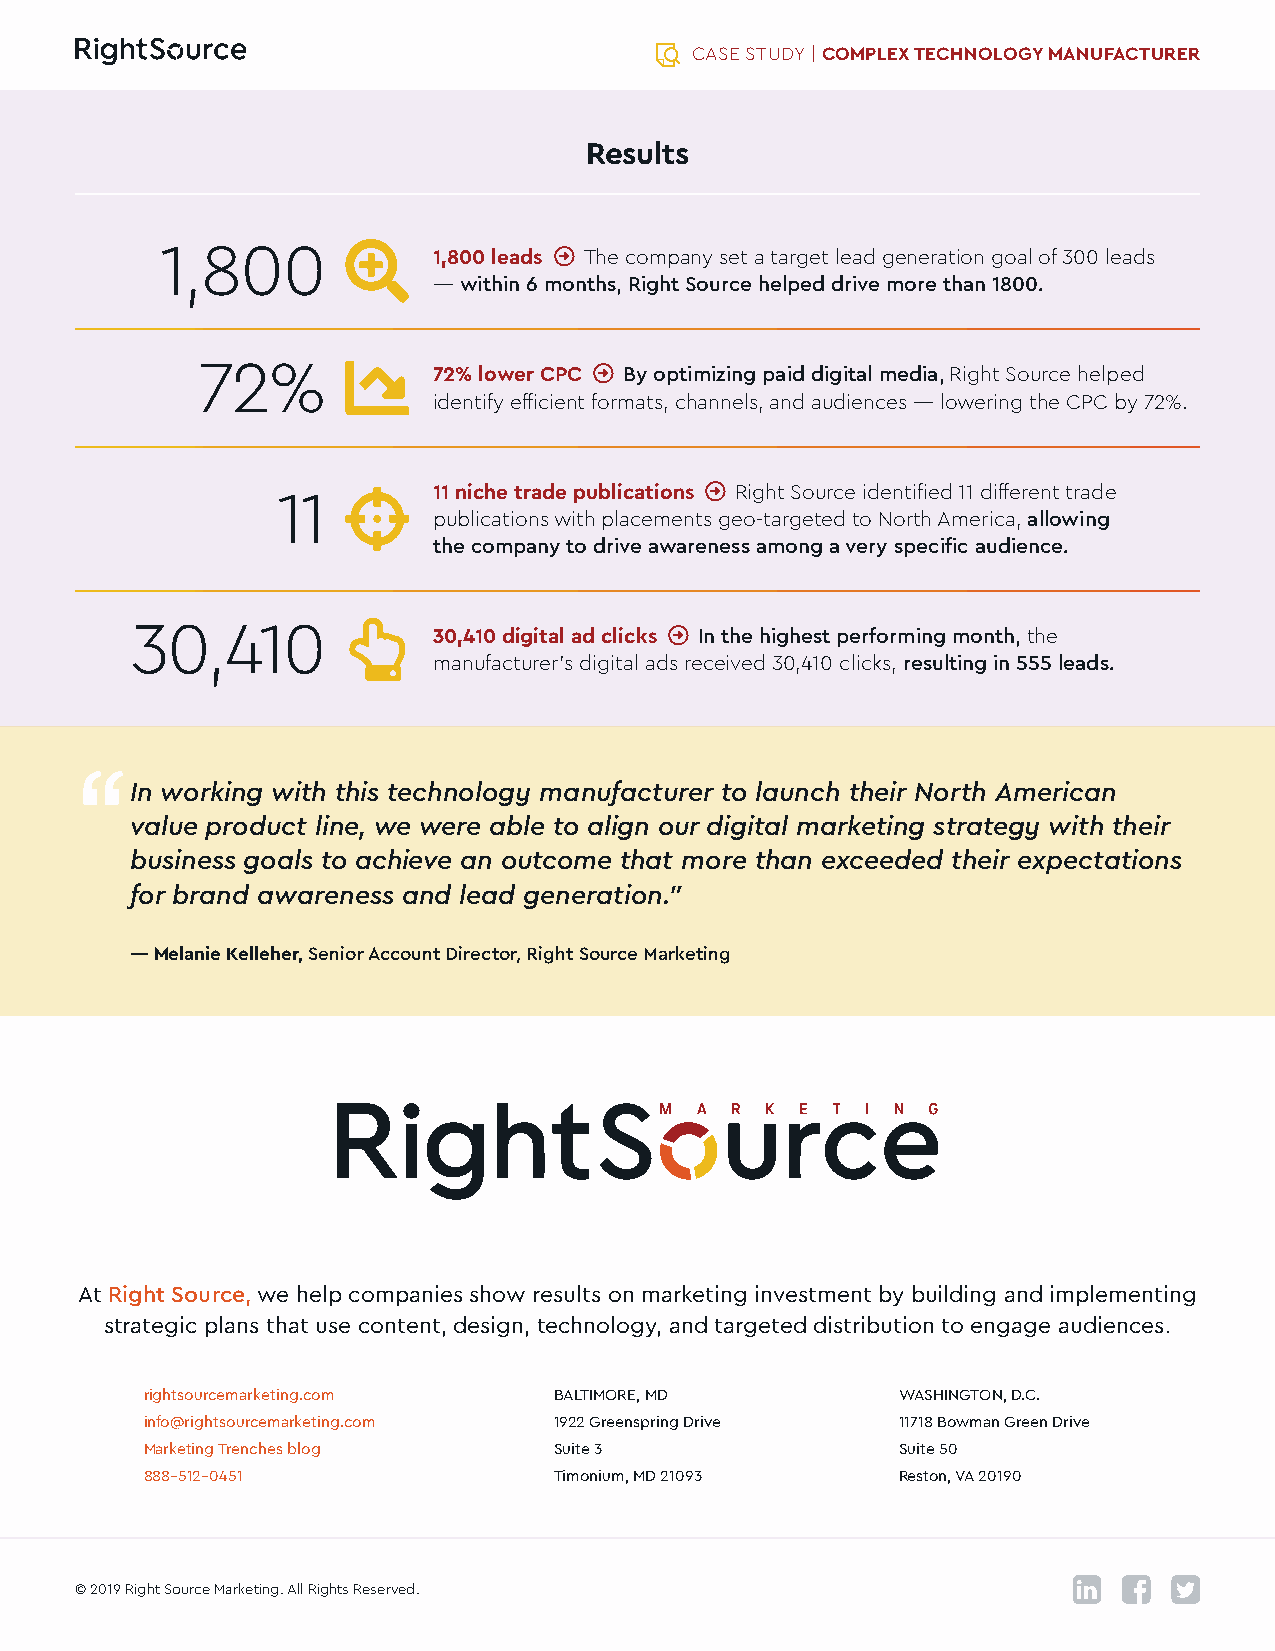
CASE STUDY | COMPLEX TECHNOLOGY MANUFACTURER
 Results
 1,800             1,800 leads ³ The company set a target lead generation goal of 300 leads
 — within 6 months, Right Source helped drive more than 1800.
 72%             72% lower CPC ³ By optimizing paid digital media, Right Source helped
 identify efficient formats, channels, and audiences — lowering the CPC by 72%.
 11         11 niche trade publications ³ Right Source identified 11 different trade
 publications with placements geo-targeted to North America, allowing
 the company to drive awareness among a very specific audience.
 30,410              30,410 digital ad clicks ³ In the highest performing month, the
 manufacturer’s digital ads received 30,410 clicks, resulting in 555 leads.
 In working with this technology manufacturer to launch their North American
 value product line, we were able to align our digital marketing strategy with their
 business goals to achieve an outcome that more than exceeded their expectations
 for brand awareness and lead generation."
 — Melanie Kelleher, Senior Account Director, Right Source Marketing
 At Right Source, we help companies show results on marketing investment by building and implementing
 strategic plans that use content, design, technology, and targeted distribution to engage audiences.
 rightsourcemarketing.com   BALTIMORE, MD         WASHINGTON, D.C.
 info@rightsourcemarketing.com 1922 Greenspring Drive 11718 Bowman Green Drive
 Marketing Trenches blog    Suite 3               Suite 50
 888-512-0451               Timonium, MD 21093    Reston, VA 20190
 © 2019 Right Source Marketing. All Rights Reserved.